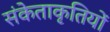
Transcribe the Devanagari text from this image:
संकेताकृतियों